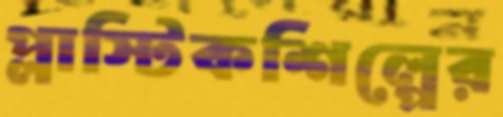
প্লাস্টিকশিল্পের